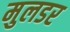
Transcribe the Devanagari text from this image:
मुलडर